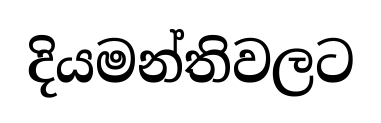
දියමන්තිවලට